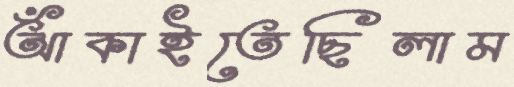
আঁকাইতেছিলাম